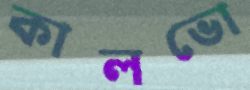
কালভো